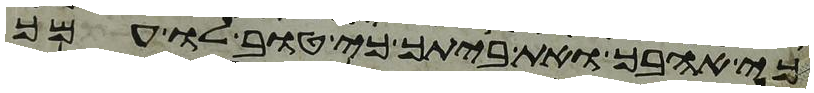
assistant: כי אהבך ואת ביתך כי טוב לו עמך